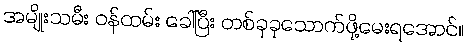
အမျိုးသမီး ဝန်ထမ်း ခေါ်ပြီး တစ်ခုခုသောက်ဖို့မေးရအောင်။